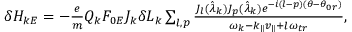
\begin{array} { r } { \delta H _ { k E } = - \frac { e } { m } Q _ { k } F _ { 0 E } J _ { k } \delta L _ { k } \sum _ { l , p } \frac { J _ { l } ( \hat { \lambda } _ { k } ) J _ { p } ( \hat { \lambda } _ { k } ) e ^ { - i ( l - p ) ( \theta - \theta _ { 0 r } ) } } { \omega _ { k } - k _ { \parallel } v _ { \parallel } + l \omega _ { t r } } , } \end{array}